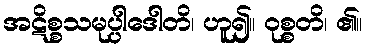
အဋိစ္စသမုပ္ပါဒေါတိ၊ ဟူ၍။ ဝုစ္စတိ၊ ၏။